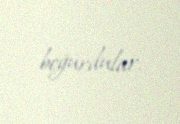
boğurdular.